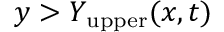
y > Y _ { \mathrm { u p p e r } } ( x , t )